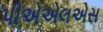
પીએએલએસ